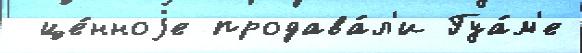
 це́нноjе продава́л'и Гуа́м'е